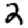
Digit: 2